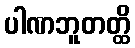
ပါဏဘူတတ္ထိ